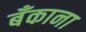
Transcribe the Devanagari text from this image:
बॅंकाना